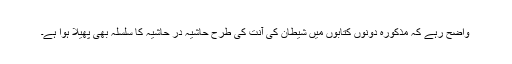
واضح رہے کہ مذکورہ دونوں کتابوں میں شیطان کی آنت کی طرح حاشیہ در حاشیہ کا سلسلہ بھی پھیلا ہوا ہے۔